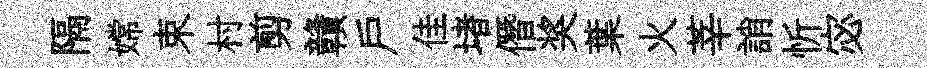
隔嫦束村剪贛戶佳堵僭奖葉火莘誚忻宓